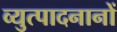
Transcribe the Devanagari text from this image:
व्युत्पादनानों